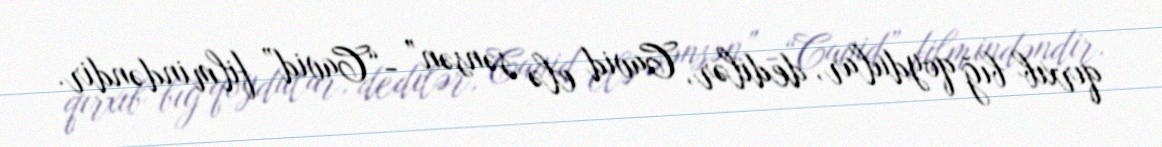
qırxıb bığ qoydular, dedilər, Cavid elə sənsən” -“Cavid” filmindəndir.